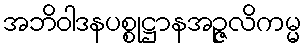
အဘိဝါဒနပစ္စုဋ္ဌာနအဉ္ဇလိကမ္မ